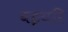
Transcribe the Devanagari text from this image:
बइयरि